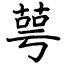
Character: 萼